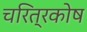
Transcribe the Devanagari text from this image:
चरित्रकोष